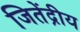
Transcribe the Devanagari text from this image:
जितेंद्रीय